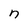
Character: n